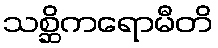
သစ္ဆိကရောမီတိ